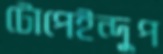
টোপেইন্দুপ